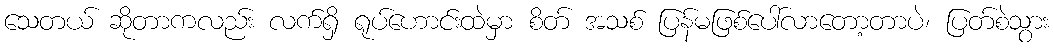
သေတယ် ဆိုတာကလည်း လက်ရှိ ရုပ်ဟောင်းထဲမှာ စိတ် အသစ် ပြန်မဖြစ်ပေါ်လာတော့တာပဲ၊ ပြတ်စဲသွား